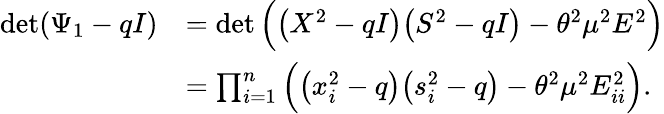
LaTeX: \begin{array}{rl}{\operatorname*{det}(\Psi_{1}-qI)}&{=\operatorname*{det}\Big(\big(X^{2}-qI\big)\big(S^{2}-qI\big)-\theta^{2}\mu^{2}E^{2}\Big)}\\ &{=\prod_{i=1}^{n}\Big(\big(x_{i}^{2}-q\big)\big(s_{i}^{2}-q\big)-\theta^{2}\mu^{2}E_{ii}^{2}\Big).}\end{array}